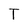
Character: T